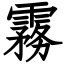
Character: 霧